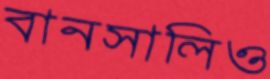
বানসালিও